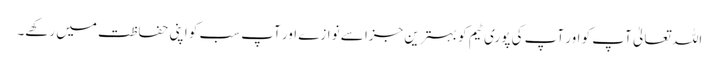
اللہ تعالیٰ آپ کو اور آپ کی پوری ٹیم کو بہترین جزا سے نوازے اور آپ سب کو اپنی حفاظت میں رکھے۔